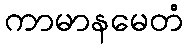
ကာမာနမေတံ